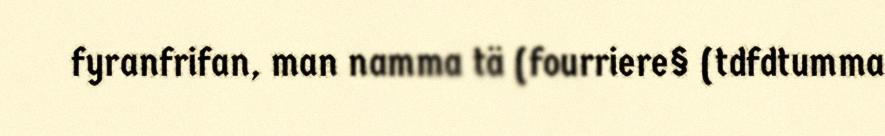
fyranfrifan, man namma tä (fourriere§ (tdfdtumma